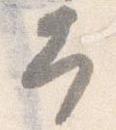
幸